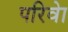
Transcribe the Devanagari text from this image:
परिवेा